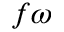
f \omega